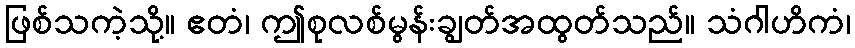
ဖြစ်သကဲ့သို့။ ဧတံ၊ ဤစုလစ်မွန်းချွတ်အထွတ်သည်။ သံဂါဟိကံ၊